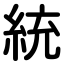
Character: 統